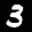
Label: 3